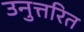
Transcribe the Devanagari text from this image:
उनुत्तरित